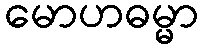
မောဟဓမ္မာ